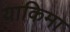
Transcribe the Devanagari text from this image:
याकिमा